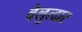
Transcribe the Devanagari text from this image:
वेलुत्दार